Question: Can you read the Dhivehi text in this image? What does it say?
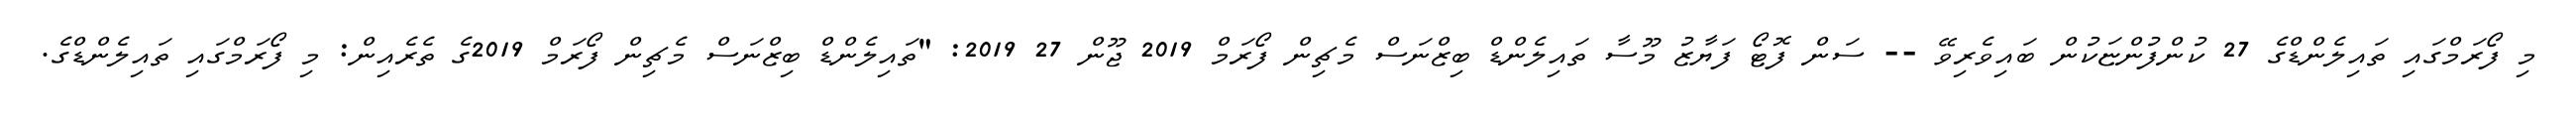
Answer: މި ފޯރަމްގައި ތައިލެންޑްގެ 27 ކުންފުންޏަކުން ބައިވެރިވޭ -- ސަން ފޮޓޯ ފަޔާޒު މޫސާ ތައިލެންޑް ބިޒްނަސް މެޗިން ފޯރަމް 2019 ޖޫން 27 2019: "ތައިލެންޑް ބިޒްނަސް މެޗިން ފޯރަމް 2019ގެ ތެރެއިން: މި ފޯރަމްގައި ތައިލެންޑްގެ.